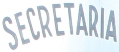
SECRETARIA